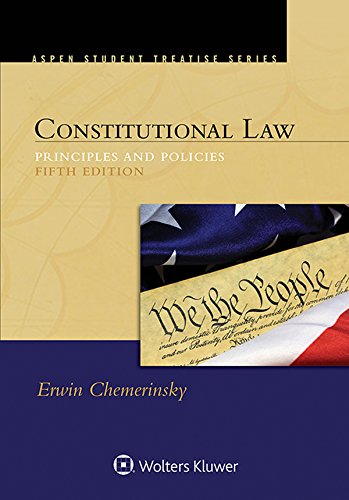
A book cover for Constitutional Law: Principles and Policies (Aspen Student Treatise); Erwin Chemerinsky; Law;